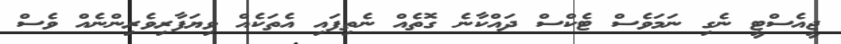
ޖީއެސްޓީ ނެގި ނަމަވެސް ޓެކްސް ދައްކާނެ ގޮތެއް ނެތިފައި އެތަކެއް ވިޔަފާރިވެރިންނެއް ވެސް